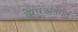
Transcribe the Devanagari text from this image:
बेरारअंतर्गत